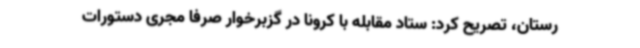
رستان، تصریح کرد: ستاد مقابله با کرونا در گزبرخوار صرفا مجری دستورات